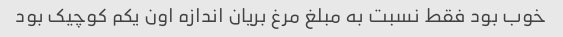
خوب بود فقط نسبت به مبلغ مرغ بریان اندازه اون یکم کوچیک بود